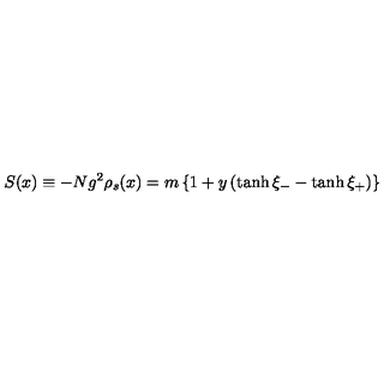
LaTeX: S ( x ) \equiv - N g ^ { 2 } \rho _ { s } ( x ) = m \left\{ 1 + y \left( \tanh \xi _ { - } - \tanh \xi _ { + } \right) \right\}